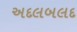
અદલબલદ